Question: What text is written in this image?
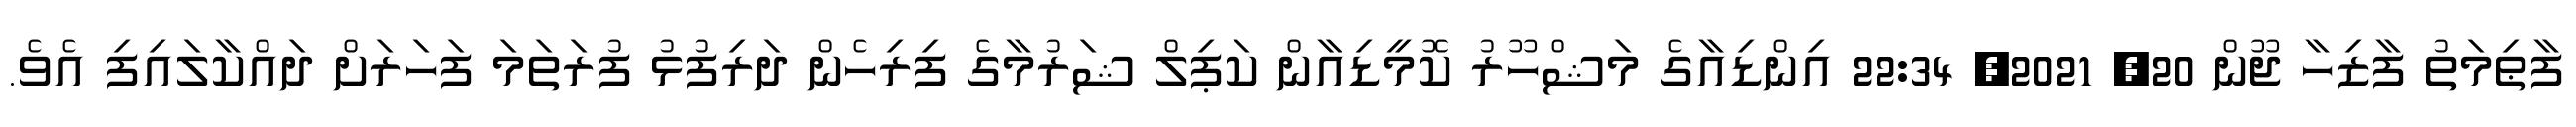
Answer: ފާޠިމަތު ފާޒިހާ ޖޫން 20, 2021, 22:34 އިންޑިއާގެ މަޝްހޫރު ކޮމީޑިއާން ކަޕިލް ޝަރުމާގެ ފިރިހެން ދަރިފުޅު ފުރަތަމަ ފަހަރަށް ދައްކާލައިފި އެވެ.